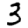
Digit: 3